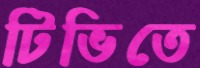
টিভিতে